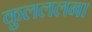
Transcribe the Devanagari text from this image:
कुलललना